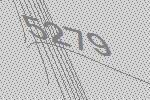
5279